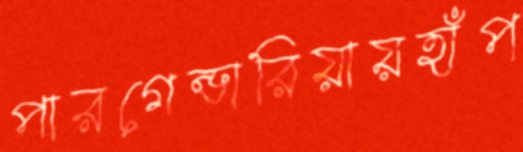
পারগেন্ডারিয়ায়হাঁপ